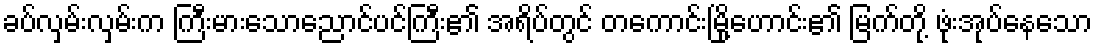
ခပ်လှမ်းလှမ်းက ကြီးမားသောညောင်ပင်ကြီး၏ အရိပ်တွင် တကောင်းမြို့ဟောင်း၏ မြက်တို့ ဖုံးအုပ်နေသော